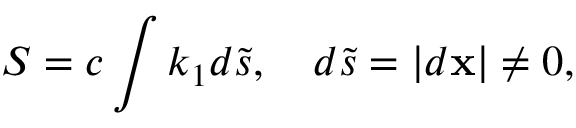
{ \cal S } = c \int k _ { 1 } d { \tilde { s } } , \quad d { \tilde { s } } = | { d { \bf x } } | \neq 0 ,